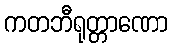
ကတဘီရုတ္တာဏော